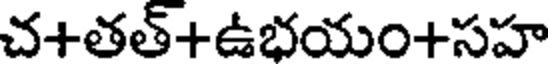
చ+తత్+ఉభయం+సహ